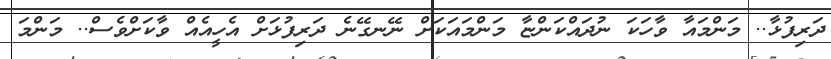
ދަރިފުޅާ.. މަންމައާ ވާހަކަ ނުދައްކަންޏާ މަންމައަކަށް ނޭނގޭނެ ދަރިފުޅަށް އެހީއެއް ވާކަށްވެސް.. މަންމަ